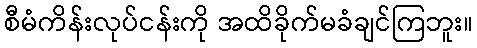
စီမံကိန်းလုပ်ငန်းကို အထိခိုက်မခံချင်ကြဘူး။